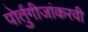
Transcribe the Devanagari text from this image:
पोर्तुगीजांकरवी